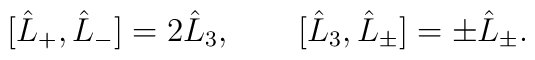
[\hat L_+, \hat L_-] = 2 \hat L_3, \qquad [\hat L_3,\hat L_\pm] = \pm \hat L_\pm.